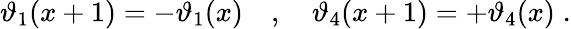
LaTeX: \vartheta_{1}(x+1)=-\vartheta_{1}(x)\quad,\quad\vartheta_{4}(x+1)=+\vartheta_{4}(x)\; .